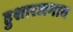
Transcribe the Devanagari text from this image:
हुशारजमाव